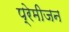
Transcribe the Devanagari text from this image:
प्रेमीजन